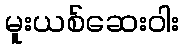
မူးယစ်ဆေးဝါး